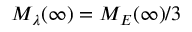
M _ { \lambda } ( \infty ) = M _ { E } ( \infty ) / 3